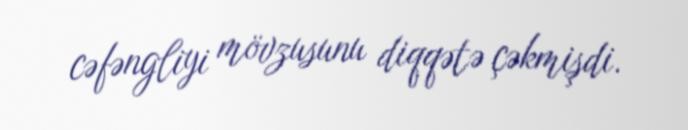
cəfəngliyi mövzusunu diqqətə çəkmişdi.